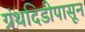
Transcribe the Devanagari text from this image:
ग्रंथदिडीपासून